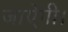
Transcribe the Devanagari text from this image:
जाऐगी।